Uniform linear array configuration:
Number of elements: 16
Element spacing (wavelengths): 0.75
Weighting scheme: hamming
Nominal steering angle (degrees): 45
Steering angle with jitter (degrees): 44.078
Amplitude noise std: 0.05
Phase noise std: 0.05

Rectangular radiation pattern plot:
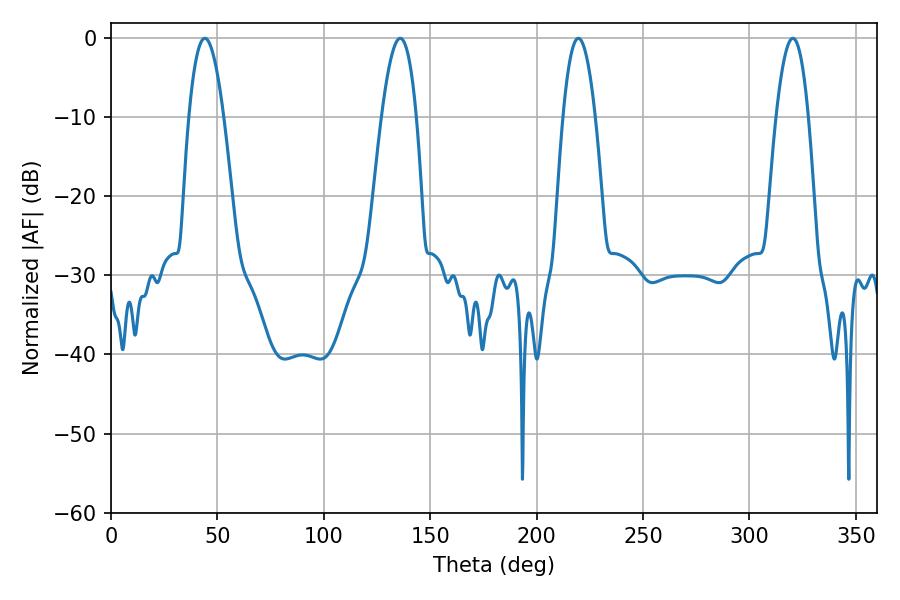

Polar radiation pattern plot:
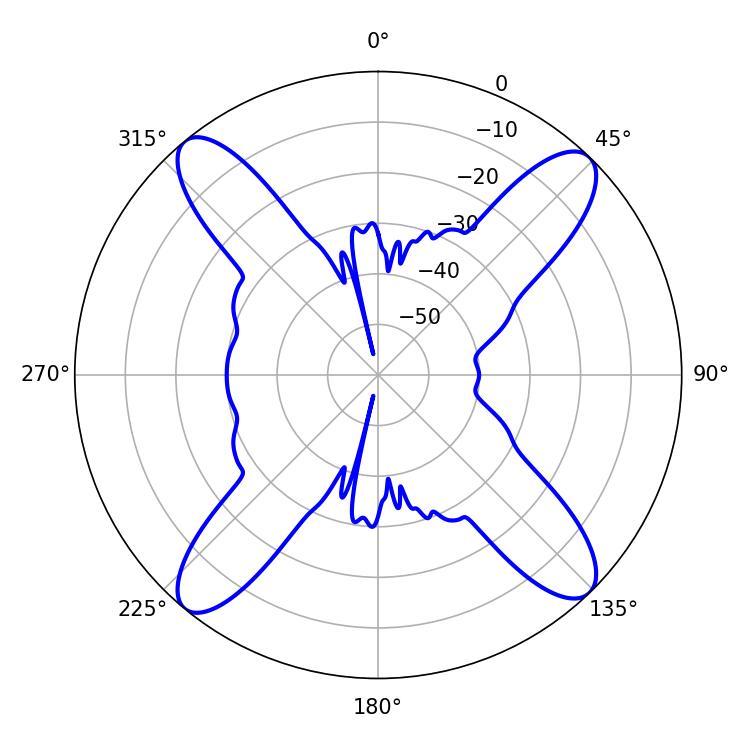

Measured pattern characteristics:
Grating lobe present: TRUE
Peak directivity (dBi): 17.548
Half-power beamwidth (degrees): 8.28
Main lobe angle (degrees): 219.6